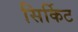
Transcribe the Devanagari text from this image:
सिर्किट